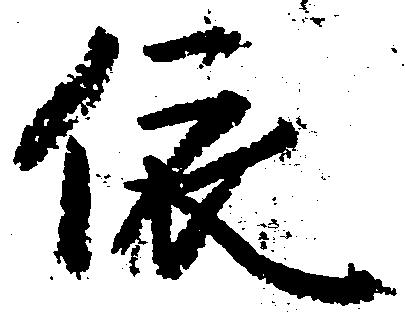
依